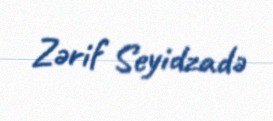
Zərif Seyidzadə